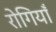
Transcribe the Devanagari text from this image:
रोगियाँ